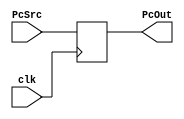
module Pc(
    input [31:0] PcSrc,
    input clk,
    output reg [31:0] PcOut
);

initial
    begin
        PcOut=0;
    end
always @(posedge clk)
    begin
        PcOut <= PcSrc;
    end

endmodule